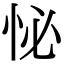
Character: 怭